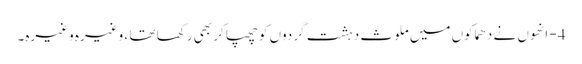
4- انھوں نے دھماکوں میں ملوث دہشت گردوں کو چھپا کر بھی رکھا تھا ، وغیرہ وغیرہ۔